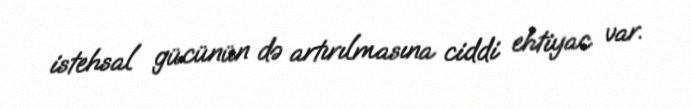
istehsal gücünün də artırılmasına ciddi ehtiyac var.